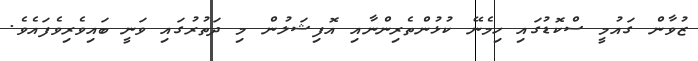
ޒުވާން ގައުމީ ސްކޮޑުގައި ހިމެނޭ ކުޅުންތެރިންނާއި އޮފިޝަލުން މި ދަތުރުގައި ވަނީ ބައިވެރިވެފައެވެ.